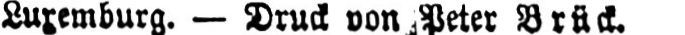
Luxemburg. - Druck von Peter Brück.